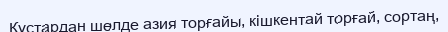
Құстардан шөлде азия торғайы, кішкентай торғай, copтaң,